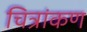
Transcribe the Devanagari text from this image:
चित्रांकण